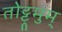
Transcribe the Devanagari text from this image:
तोट्ट्रमुम्